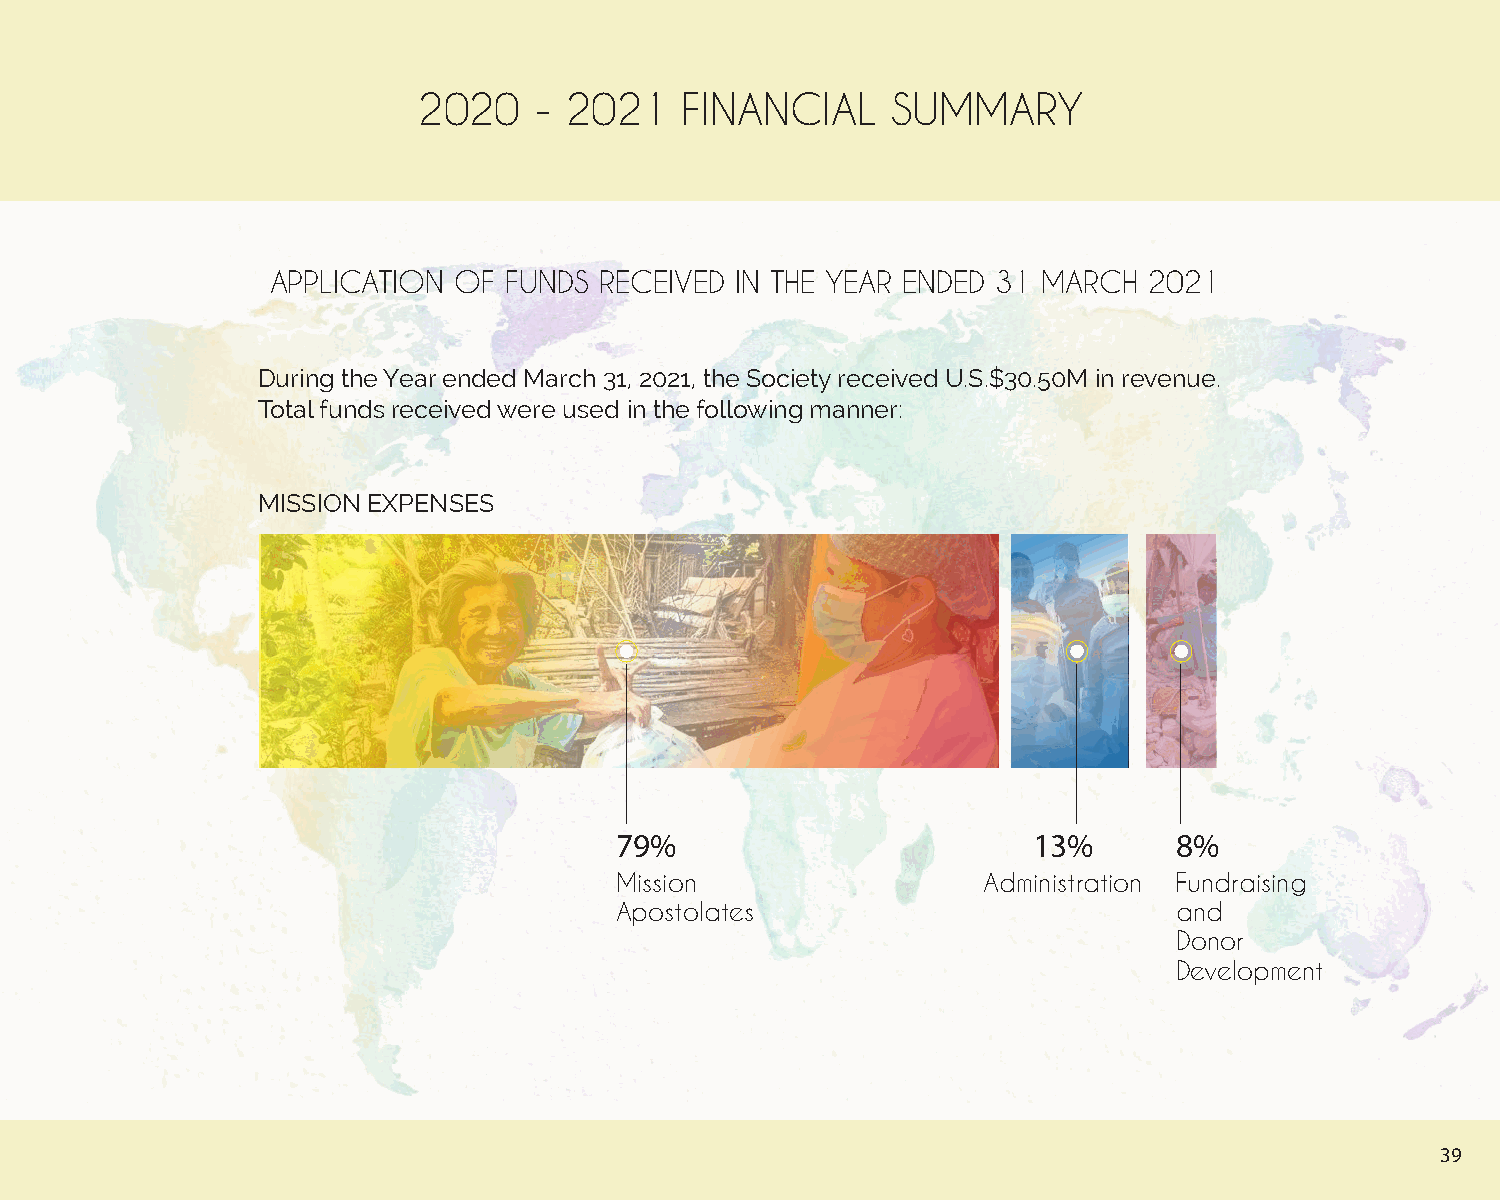
2020   - 2021    FINANCIAL     SUMMARY
 APPLICATION OF FUNDS  RECEIVED IN THE YEAR ENDED 31 MARCH 2021
 During the Year ended March 31, 2021, the Society received U.S.$30.50M in revenue.
 Total funds received were used in the following manner:
 MISSION EXPENSES
 79%                        13%       8%
 Mission                 Administration Fundraising
 Apostolates                          and
 Donor
 Development
 39